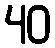
40